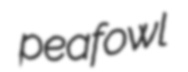
peafowl